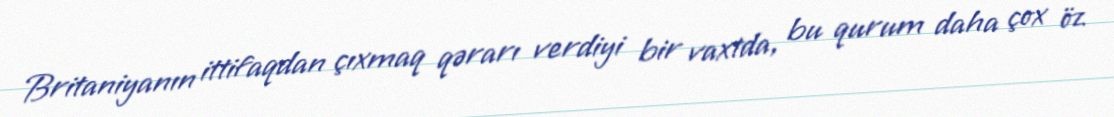
Britaniyanın ittifaqdan çıxmaq qərarı verdiyi bir vaxtda, bu qurum daha çox öz